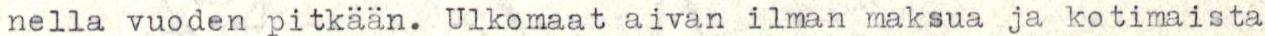
nella vuoden pitkään. Ulkomaat aivan ilman maksua ja kotimaista